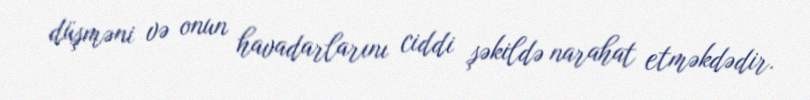
düşməni və onun havadarlarını ciddi şəkildə narahat etməkdədir.